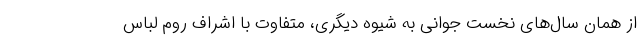
از همان سال‌های نخست جوانی به شیوه دیگری، متفاوت با اشراف روم لباس